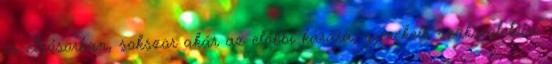
és elsősorban, sokszor akár az előbbi kárára, gyerekeik szükségleteire